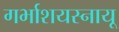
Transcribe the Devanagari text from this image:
गर्भाशयस्नायू